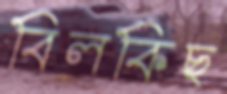
বিলকিছ